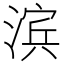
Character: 滨